Vaccination in Bombay 1856-1862 - 1856-1862
Year: 1856
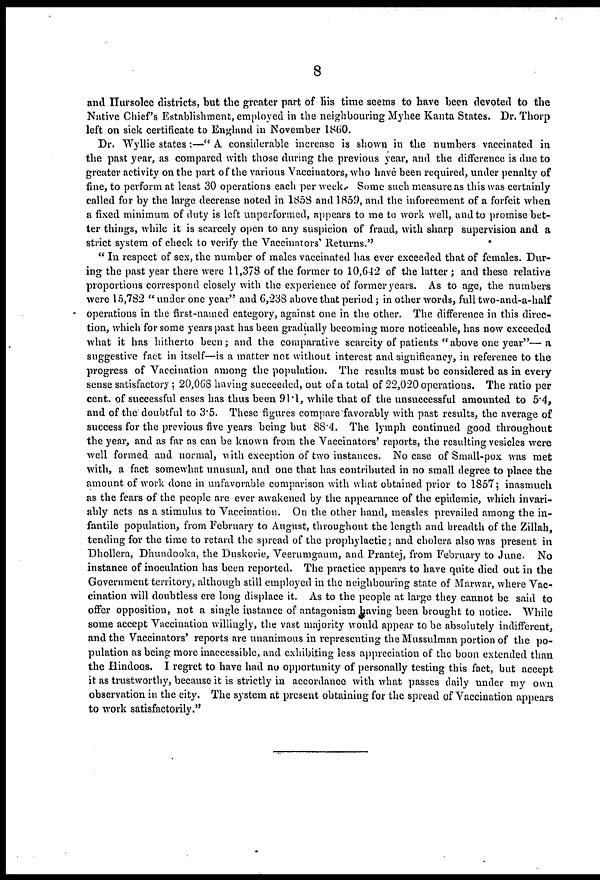
8
and Hursolee districts, but the greater part of his time seems to have been devoted to the
Native Chief's Establishment, employed in the neighbouring Myhee Kanta States. Dr. Thorp
left on sick certificate to England in November 1860.
Dr. Wyllie states:—" A considerable increase is shown in the numbers vaccinated in
the past year, as compared with those during the previous year, and the difference is due to
greater activity on the part of the various Vaccinators, who have been required, under penalty of
fine, to perform at least 30 operations each per week. Some such measure as this was certainly
called for by the large decrease noted in 1858 and 1859, and the inforcement of a forfeit when
a fixed minimum of duty is left unperformed, appears to me to work well, and to promise bet-
ter things, while it is scarcely open to any suspicion of fraud, with sharp supervision and a
strict system of check to verify the Vaccinators' Returns."
" In respect of sex, the number of males vaccinated has ever exceeded that of females. Dur-
ing the past year there were 11,378 of the former to 10,642 of the latter ; and these relative
proportions correspond closely with the experience of former years. As to age, the numbers
were 15,782 " under one year" and 6,238 above that period; in other words, full two-and-a-half
operations in the first-named category, against one in the other. The difference in this direc-
tion, which for some years past has been gradually becoming more noticeable, has now exceeded
what it has hitherto been; and the comparative scarcity of patients "above one year"—a
suggestive fact in itself—is a matter not without interest and significancy, in reference to the
progress of Vaccination among the population. The results must be considered as in every
sense satisfactory ; 20,068 having succeeded, out of a total of 22,020 operations. The ratio per
cent. of successful cases has thus been 91.1, while that of the unsuccessful amounted to 5.4,
and of the doubtful to 3.5. These figures compare favorably with past results, the average of
success for the previous five years being but 88.4. The lymph continued good throughout
the year, and as far as can be known from the Vaccinators' reports, the resulting vesicles were
well formed and normal, with exception of two instances. No case of Small-pox was met
with, a fact somewhat unusual, and one that has contributed in no small degree to place the
amount of work done in unfavorable comparison with what obtained prior to 1857; inasmuch
as the fears of the people are ever awakened by the appearance of the epidemic, which invari-
ably acts as a stimulus to Vaccination. On the other hand, measles prevailed among the in-
fantile population, from February to August, throughout the length and breadth of the Zillah,
tending for the time to retard the spread of the prophylactic; and cholera also was present in
Dhollera, Dhundooka, the Duskorie, Veerumgaum, and Prantej, from February to June. No
instance of inoculation has been reported. The practice appears to have quite died out in the
Government territory, although still employed in the neighbouring state of Marwar, where Vac-
cination will doubtless ere long displace it. As to the people at large they cannot be said to
offer opposition, not a single instance of antagonism having been brought to notice. While
some accept Vaccination willingly, the vast majority would appear to be absolutely indifferent,
and the Vaccinators' reports are unanimous in representing the Mussulman portion of the po-
pulation as being more inaccessible, and exhibiting less appreciation of the boon extended than
the Hindoos. I regret to have had no opportunity of personally testing this fact, but accept
it as trustworthy, because it is strictly in accordance with what passes daily under my own
observation in the city. The system at present obtaining for the spread of Vaccination appears
to work satisfactorily."